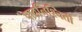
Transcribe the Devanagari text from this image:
पाठनिश्चिती